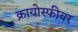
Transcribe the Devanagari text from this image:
क्रायोस्फीयर